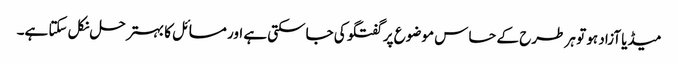
میڈیا آزاد ہو تو ہر طرح کے حساس موضوع پر گفتگو کی جاسکتی ہے اور مسائل کا بہتر حل نکل سکتا ہے۔